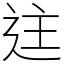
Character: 迬